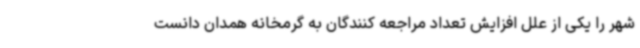
شهر را یکی از علل افزایش تعداد مراجعه کنندگان به گرمخانه همدان دانست